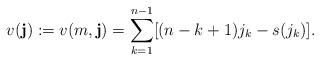
LaTeX: \begin{align*} v(\mathbf{j}):=v(m, \mathbf{j}) = \sum_{k=1}^{n-1} [(n-k+1)j_k - s(j_k)]. \end{align*}